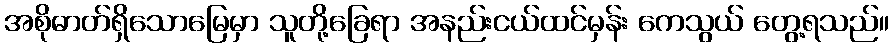
အစိုဓာတ်ရှိသောမြေမှာ သူတို့ခြေရာ အနည်းငယ်ထင်မှန်း ကေသွယ် တွေ့ရသည်။